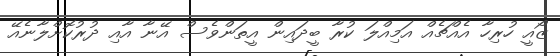
ޒޯއީ ހުރިހާ އެއްޗެއް އަމިއްލަ ކުރާ ބީދައިން އީތަންވެސް އޭނާ އާއި ދުރުކޮށްލާނެއޭ